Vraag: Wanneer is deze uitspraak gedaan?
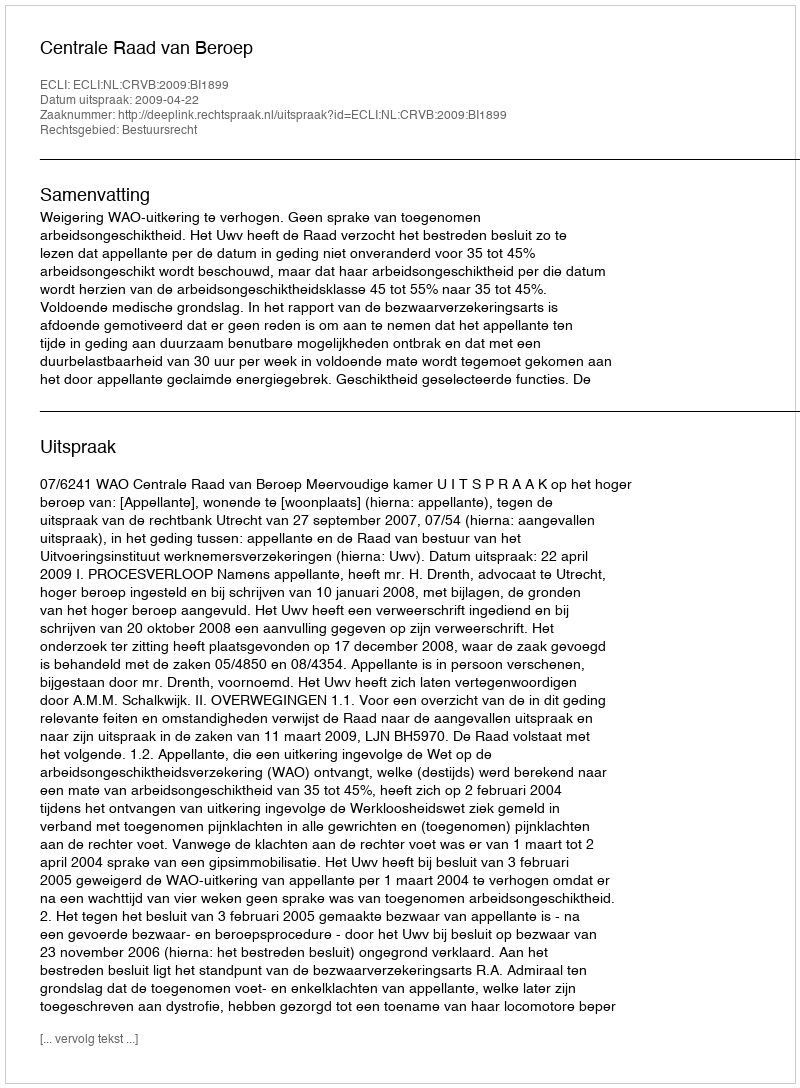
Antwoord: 2009-04-22